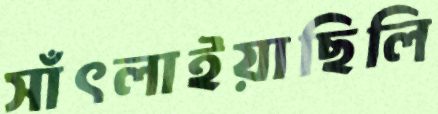
সাঁৎলাইয়াছিলি